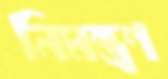
নিমন্ত্রণ